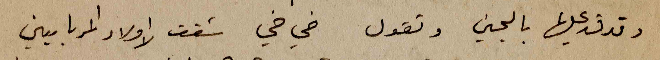
وتدق عليها باليمين وتقول خي خي شفت الاولاد المربايين